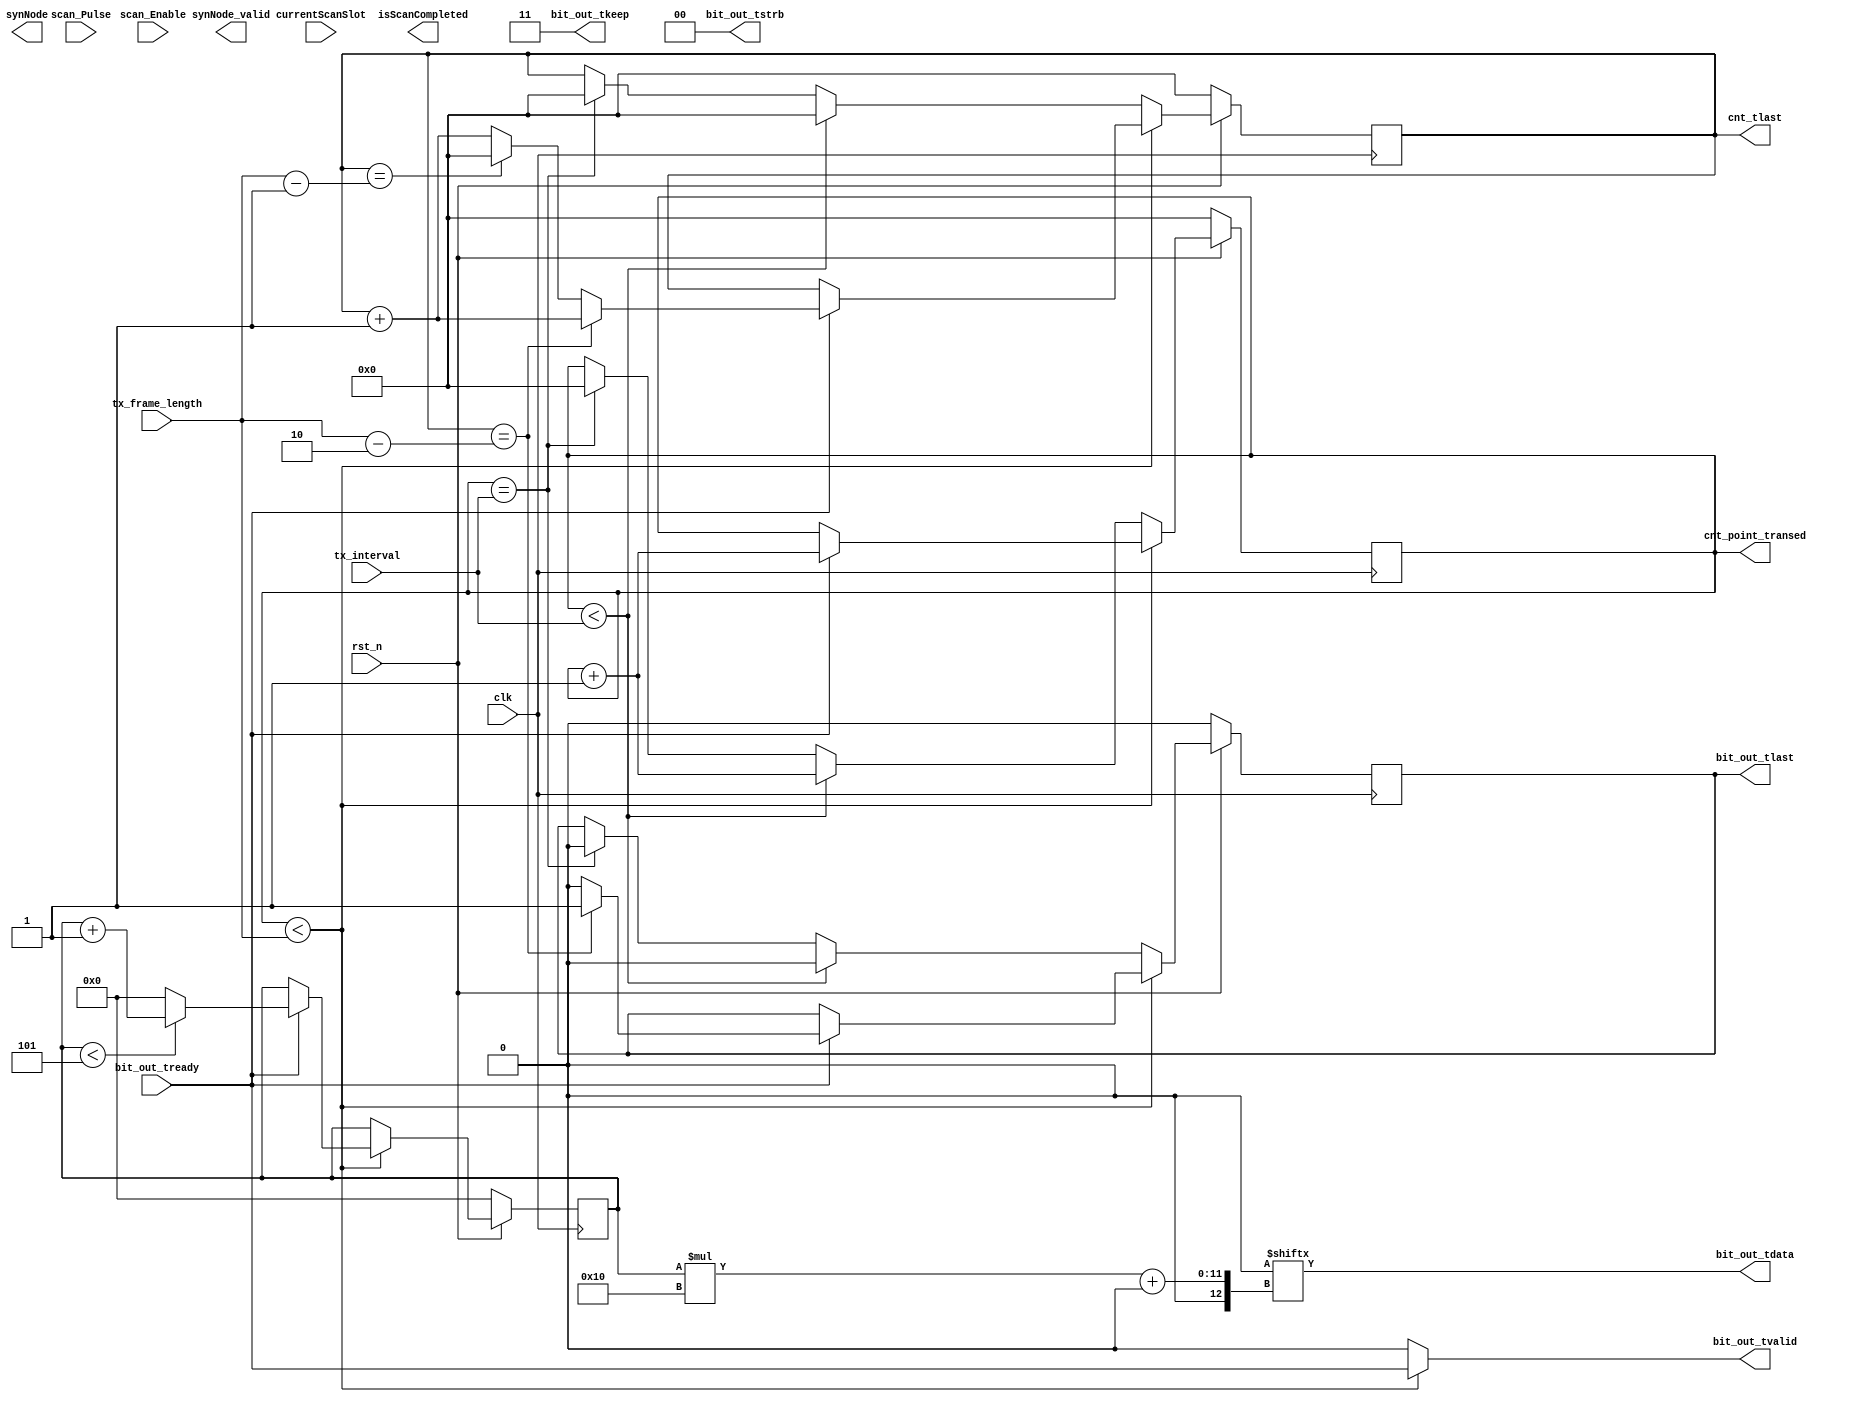
module tx_ofdm_bit_axis_rom(
    input wire clk,
    input wire rst_n,
        
    input wire  [31:0] tx_interval,
    input wire  [31:0] tx_frame_length,
//    input wire  [95:0] tx_data, // Add this line
    
    
    input wire scan_Enable, // ־ǰΪɨȽ׶
    input wire scan_Pulse,  // ɨȹ̣ÿɨʱ϶ʼʱ̸
    input wire  [15:0] currentScanSlot,  //ǰɨʱ϶ͨʱʱ϶ȷǰ

    output wire [15:0] bit_out_tdata,
    output wire        bit_out_tvalid,
    input  wire        bit_out_tready,
    output wire  [1:0] bit_out_tkeep,
    output wire  [1:0] bit_out_tstrb,
    output reg         bit_out_tlast,
    output reg [31:0] cnt_tlast,
    output reg [31:0] cnt_point_transed,
    
    output wire synNode_valid,
    output wire [7:0] synNode,
    
    output wire isScanCompleted 
    );
    
//    reg [31:0] cnt_tlast;
//    reg [31:0] cnt_point_transed;
    reg [5:0]  segment; // Add this line
 
    
    assign bit_out_tvalid = (cnt_point_transed < tx_frame_length) ? bit_out_tready : 1'b0;
    assign bit_out_tdata = tx_data[segment*16+:16]; // Replace this line
    assign bit_out_tkeep = 2'b11;
    assign bit_out_tstrb = 2'b00;

    always @(posedge clk) begin
        if (rst_n == 1'b0) begin
            cnt_point_transed <= 32'd0;
            segment <= 6'd0; // Add this line
        end
        else begin
            if (cnt_point_transed < tx_frame_length) begin
                if (bit_out_tready == 1'b1) begin
                    cnt_point_transed <= cnt_point_transed + 32'd1;
                    if (segment < 6'd5) begin
                        segment <= segment + 6'd1;
                    end
                    else begin
                        segment <= 6'd0;
                    end
                end
            end
            else if (cnt_point_transed < tx_interval) begin
                cnt_point_transed <= cnt_point_transed + 32'd1;
            end
            else if (cnt_point_transed == tx_interval) begin
                cnt_point_transed <= 32'd0;
            end
        end
    end
always @(posedge clk)
begin
    if (rst_n == 1'b0) begin
        cnt_tlast <= 32'd0;
        bit_out_tlast <= 1'b0;
    end
    else begin
        if (cnt_point_transed < tx_frame_length) begin
            if (bit_out_tready == 1'b1) begin
                if (cnt_tlast == (tx_frame_length - 32'd2)) begin
                    cnt_tlast <= cnt_tlast + 32'd1;
                    bit_out_tlast <= 1'b1; //ʾһ֡
                end
                else if (cnt_tlast == (tx_frame_length - 32'd1)) begin
                    cnt_tlast <= 32'd0;
                    bit_out_tlast <= 1'b0;
                end
                else begin
                    cnt_tlast <= cnt_tlast + 32'd1;
                    bit_out_tlast <= 1'b0;
                end
            end
        end
        else if (cnt_point_transed < tx_interval) begin
            cnt_tlast <= 32'd0;
            bit_out_tlast <= 1'b0;
        end
        else if (cnt_point_transed == tx_interval) begin
            cnt_tlast <= 32'd0;
            bit_out_tlast <= 1'b0;
        end
    end
end

endmodule